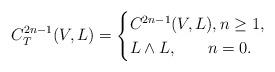
LaTeX: \begin{align*} C_{T}^{2n-1}(V,L)=\begin{cases} C^{2n-1}(V,L),n\geq 1,\\ L\wedge L, \quad\;\; \;n=0. \end{cases} \end{align*}